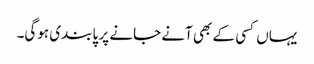
یہاں کسی کے بھی آنے جانے پر پابندی ہوگی۔